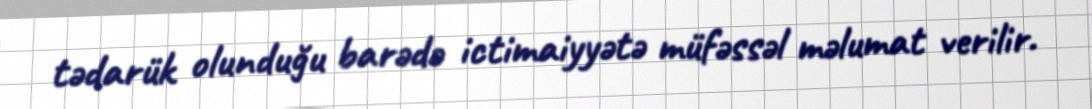
tədarük olunduğu barədə ictimaiyyətə müfəssəl məlumat verilir.